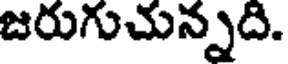
జరుగుచున్నది.